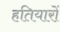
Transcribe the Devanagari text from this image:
हतियारों